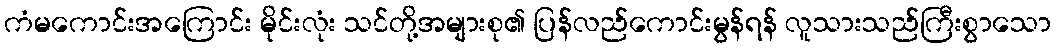
ကံမကောင်းအကြောင်း မိုင်းလုံး သင်တို့အများစု၏ ပြန်လည်ကောင်းမွန်ရန် လူသားသည်ကြီးစွာသော